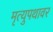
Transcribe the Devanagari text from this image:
मृत्युपथावर